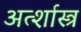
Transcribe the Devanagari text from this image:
अर्त्शास्त्र